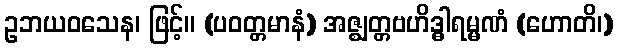
ဥဘယဝသေန၊ ဖြင့်။ (ပဝတ္တမာနံ) အဇ္ဈတ္တဗဟိဒ္ဓါရမ္မဏံ (ဟောတိ၊)